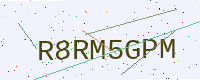
Text: R8RM5GPM